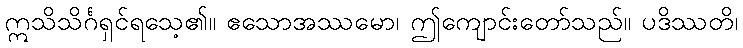
ဣသိသိင်္ဂရှင်ရသေ့၏။ ဧသောအဿမော၊ ဤကျောင်းတော်သည်။ ပဒိဿတိ၊